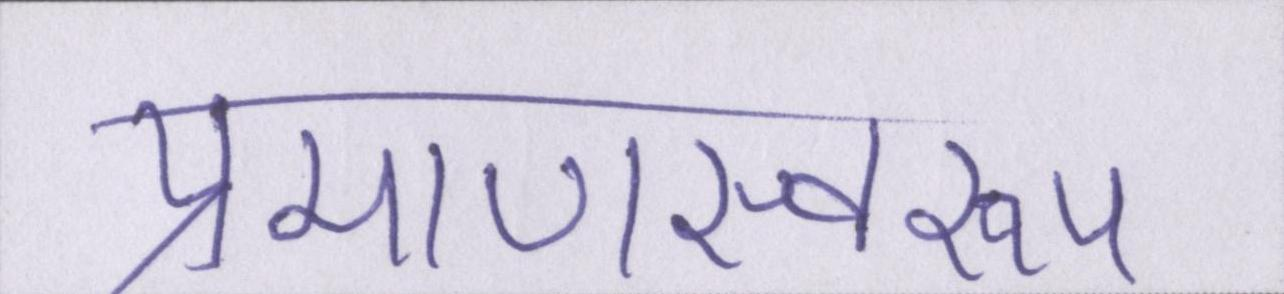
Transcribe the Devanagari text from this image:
प्रमाणस्वरूप